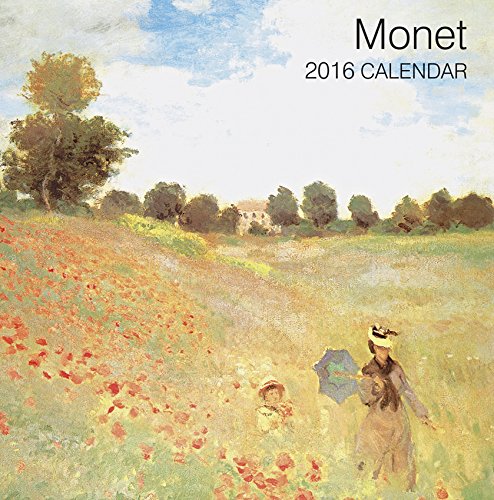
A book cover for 2016 Calendar: Monet; Peony Press; Calendars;